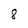
Character: 8